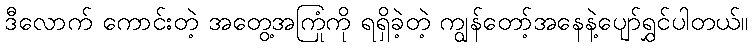
ဒီလောက် ကောင်းတဲ့ အတွေ့အကြုံကို ရရှိခဲ့တဲ့ ကျွန်တော့်အနေနဲ့ပျော်ရွှင်ပါတယ်။